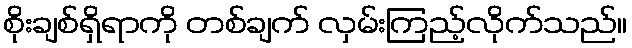
စိုးချစ်ရှိရာကို တစ်ချက် လှမ်းကြည့်လိုက်သည်။